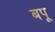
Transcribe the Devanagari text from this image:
बपू